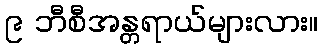
၉ ဘီစီအန္တရာယ်များလား။